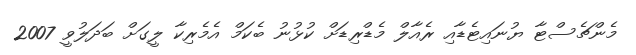
މެންޗެސްޓާ ޔުނައިޓެޑާއި ރެއާލް މެޑްރިޑަށް ކުޅުނު ބެކަމް އެމެރިކާ ލީގަށް ބަދަލުވީ 2007